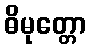
ဓိမုတ္တော